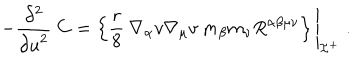
LaTeX: - \frac { \partial ^ { 2 } } { { \partial u } ^ { 2 } } \: { \bf C } = \left\{ \frac { r } { 8 } \: \nabla _ { \alpha } v \nabla _ { \mu } v \: m _ { \beta } m _ { \nu } R ^ { \alpha \beta \mu \nu } \right\} \Biggl | _ { { \cal I } ^ { + } } \; .